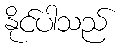
နိုင်ပါသည်